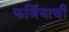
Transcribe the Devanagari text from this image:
फर्जियाची